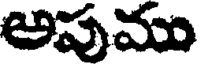
అపుము